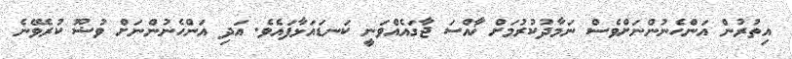
އިތުރުން އަންހެނުންނަށްވެސް ނަމާދުކުރުމަށް ޚާއްސަ ޖާގައެއްވަނީ ކަނޑައަޅާފައެވެ. އަދި އަންހެނުންނަށް ވުޟޫ ކުރެވޭނެ